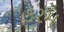
કરમ